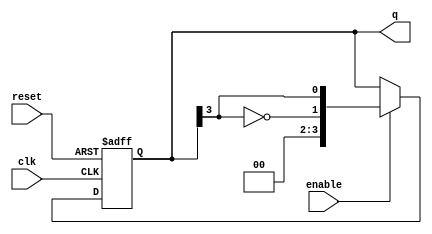
module johnson_counter #(
    parameter N = 4 // Number of flip-flops
) (
    input wire clk,            // Clock signal
    input wire enable,         // Enable signal
    input wire reset,          // Asynchronous reset signal
    output reg [N-1:0] q       // Counter output
);

    always @(posedge clk or posedge reset) begin
        if (reset) begin
            // Asynchronous reset: Set all flip-flops to 0
            q <= {N{1'b0}};
        end else if (enable) begin
            // Johnson counter operation: Shift and invert last output
            q <= {~q[N-1], q[N-1:N-1]}; // Feedback the inverted last flip-flop output
        end
    end

endmodule